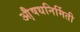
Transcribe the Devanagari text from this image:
औ़़षधनिर्मिती